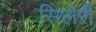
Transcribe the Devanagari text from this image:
सिलेरी